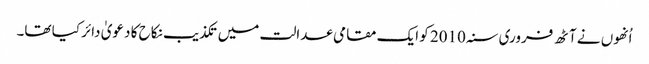
اُنھوں نے آٹھ فروری سنہ 2010 کو ایک مقامی عدالت میں تکذیب نکاح کا دعویٰ دائر کیا تھا۔